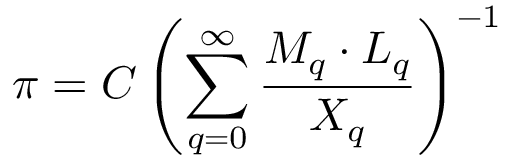
\pi = C \left( \sum _ { q = 0 } ^ { \infty } { \frac { M _ { q } \cdot L _ { q } } { X _ { q } } } \right) ^ { - 1 }